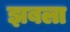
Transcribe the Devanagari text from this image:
झबला